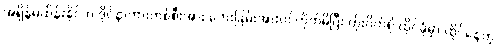
အရှိန်မထိန်းနိုင်ဘဲ ဒိုင်နာကားတစ်စီးအား ဘေးခြမ်းအားဝင်တိုက်မိပြီး တိုးဂိတ်ရှိ ထိုင်ခုံမှာ ထိုင်နေတဲ့